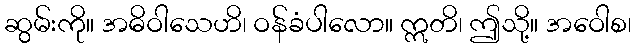
ဆွမ်းကို။ အဓိဝါသေဟိ၊ ဝန်ခံပါလော။ ဣတိ၊ ဤသို့။ အဝေါစ၊